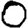
Digit: 0